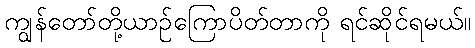
ကျွန်တော်တို့ယာဉ်ကြောပိတ်တာကို ရင်ဆိုင်ရမယ်။